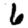
Digit: 6